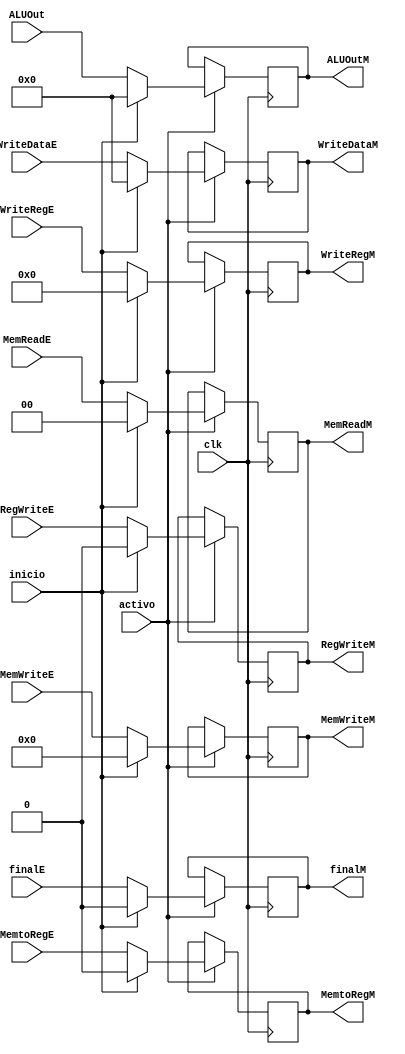
`timescale 1ns / 1ps
//////////////////////////////////////////////////////////////////////////////////
// Company: 
// Engineer: 
// 
// Design Name: 
// Module Name:    Latch_Fin_Exec 
// Project Name: 
// Target Devices: 
// Tool versions: 
// Description: 
//
// Dependencies: 
//
// Revision: 
// Revision 0.01 - File Created
// Additional Comments: 
//
//////////////////////////////////////////////////////////////////////////////////
module Latch_Fin_Exec(
	input wire [1:0]MemReadE,
	input wire RegWriteE,
	input wire MemtoRegE,
	input wire [3:0]MemWriteE,
	input wire [31:0]ALUOut,
	input wire [31:0]WriteDataE,
	input wire [4:0]WriteRegE,
	input wire clk,
	input wire inicio,
	input wire activo,
	input wire finalE,
	output reg [1:0]MemReadM,
	output reg RegWriteM,
	output reg MemtoRegM,
	output reg [3:0]MemWriteM,
	output reg [31:0]ALUOutM,
	output reg [31:0]WriteDataM,
	output reg [4:0]WriteRegM,
	output reg finalM
);

always@(negedge clk)
begin
	if(activo)
	begin
		if(inicio)
		begin
			MemReadM <= 0;
			RegWriteM <= 0;
			MemtoRegM <= 0;
			MemWriteM <= 0;
			ALUOutM <= 0;
			WriteDataM <= 0;
			WriteRegM <= 0;
			finalM <= 0;
		end
		else
		begin
			MemReadM <= MemReadE;
			RegWriteM <= RegWriteE;
			MemtoRegM <= MemtoRegE;
			MemWriteM <= MemWriteE;
			ALUOutM <= ALUOut;
			WriteDataM <= WriteDataE;
			WriteRegM <= WriteRegE;
			finalM <= finalE;
		end
	end	
end

endmodule